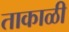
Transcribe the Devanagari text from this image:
ताकाळी